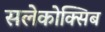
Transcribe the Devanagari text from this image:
सलेकोक्सिब